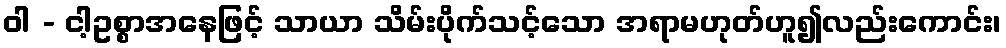
ဝါ - ငါ့ဥစ္စာအနေဖြင့် သာယာ သိမ်းပိုက်သင့်သော အရာမဟုတ်ဟူ၍လည်းကောင်း၊